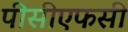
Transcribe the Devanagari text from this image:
पीसीएफसी